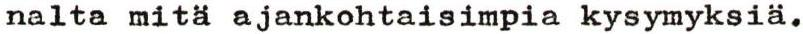
nalta mitä ajankohtaisimpia kysymyksiä.